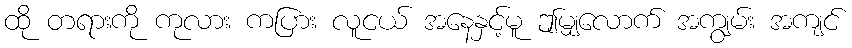
ထို တရားကို ကုလား ကပြား လူငယ် အနေနှင့်မူ ဤမျှလောက် အကျွမ်း အကျင်